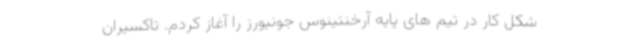
شکل کار در تیم های پایه آرخنتینوس جونیورز را آغاز ‌کردم. تاکسیران